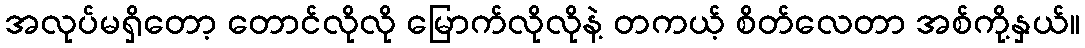
အလုပ်မရှိတော့ တောင်လိုလို မြောက်လိုလိုနဲ့ တကယ့် စိတ်လေတာ အစ်ကို့နှယ်။